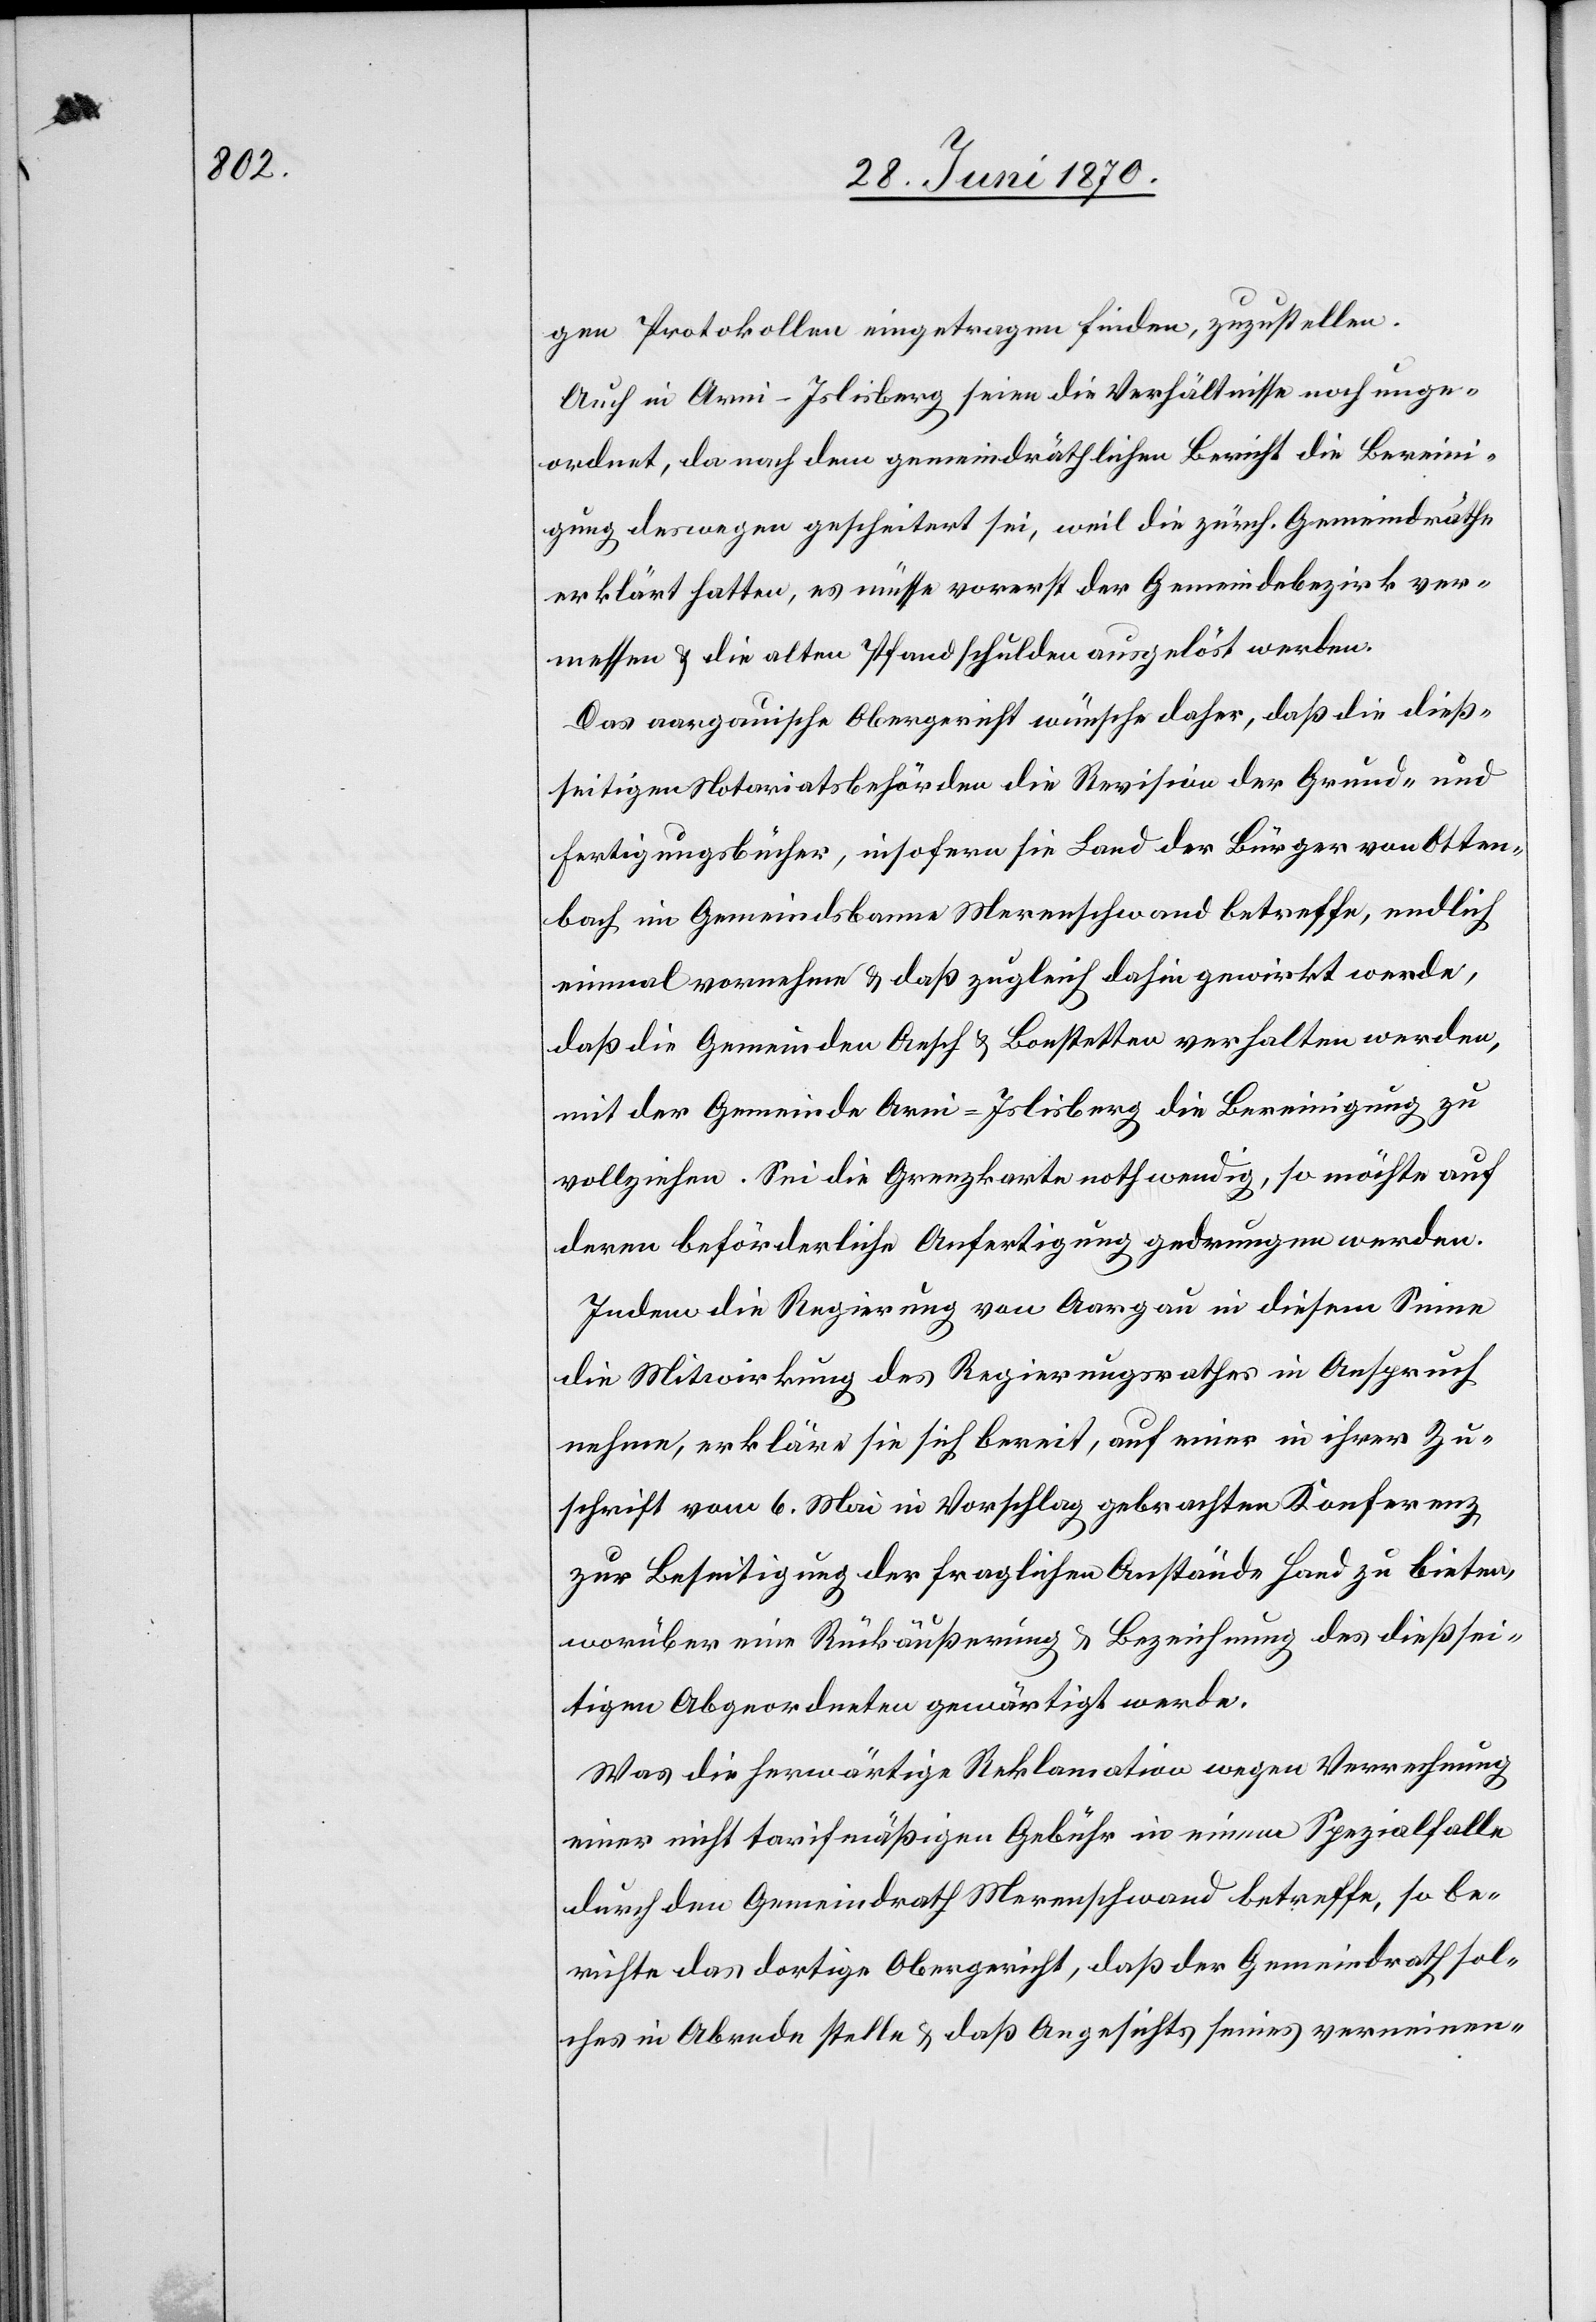
gen Protokollen eingetragen finden, zuzustellen.
Auch in Arni-Islisberg seien die Verhältnisse noch unge¬
ordnet, da nach dem gemeindräthlichen Bericht die Bereini¬
gung deswegen gescheitert sei, weil die zürch. Gemeindräthe
erklärt hatten, es müsse vorerst der Gemeindebezirk ver¬
messen & die alten Pfandschulden ausgelöst werden.
Das aargauische Obergericht wünsche daher, daß die dieß¬
seitigen Notariatsbehörden die Revision der Grund- und
Fertigungsbücher, insofern sie Land der Bürger von Otten¬
bach im Gemeindsbanne Merenschwand betreffe, endlich
einmal vornehmen & daß zugleich dahin gewirkt werde,
daß die Gemeinden Aesch & Bonstetten verhalten werden,
mit der Gemeinde Arni-Islisberg die Bereinigung zu
vollziehen. Sei die Grenzkarte nothwenig, so möchte auf
deren beförderliche Anfertigung gedrungen werden.
Indem die Regierung von Aargau in diesem Sinne
die Mitwirkung des Regierungsrathes in Anspruch
nehme, erkläre sie sich bereit, auf einer in ihrer Zu¬
schrift vom 6. Mai in Vorschlag gebrachten Konferenz
zur Beseitigung der fraglichen Anstände Hand zu bieten,
worüber eine Rückäußerung & Bezeichnung des dießsei¬
tigen Abgeordneten gewärtigt werde.
Was die herwärtige Reklamation wegen Verrechnung
einer nicht tarifmäßigen Gebühr in einem Spezialfalle
durch den Gemeindrath Merenschwand betreffe, so be¬
richte das dortige Obergericht, daß der Gemeindrath sol¬
ches in Abrede stelle & daß Angesichts seines verneinen-